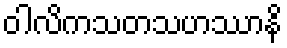
ဝါလိကသတသဟဿာနိ